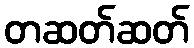
တဆတ်ဆတ်